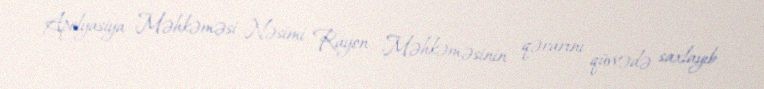
Apelyasiya Məhkəməsi Nəsimi Rayon Məhkəməsinin qərarını qüvvədə saxlayıb.